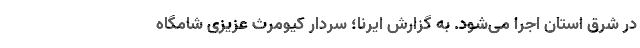
در شرق استان اجرا می‌شود. به گزارش ایرنا؛ سردار کیومرث عزیزی شامگاه